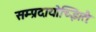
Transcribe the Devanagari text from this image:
सम्प्रदायोच्झितैः